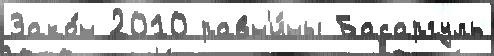
Зако́н 2010 равн'и́ны Басаргуль